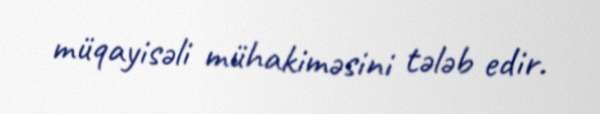
müqayisəli mühakiməsini tələb edir.